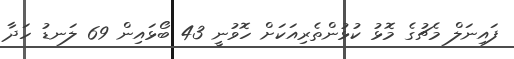
ފައިނަލް މެޗުގެ މޮޅު ކުޅުންތެރިއަކަށް ހޮވުނީ 43 ބޯޅައިން 69 ލަނޑު ހަދާ